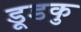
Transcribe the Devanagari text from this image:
डूडकु